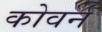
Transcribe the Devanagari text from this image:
कोवर्न